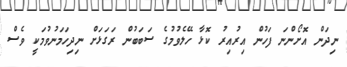
ނިދަން އޮށޯންނަ ފަހުން އިރުއިރު ކޮޅާ ހޭލެވުމުގެ ސަބަބުން ރަގަޅަށް ނިދިހަމަނުވުމަކީ ވެސް